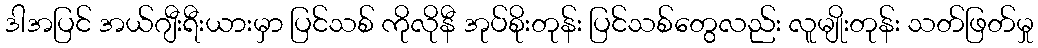
ဒါအပြင် အယ်ဂျီးရီးယားမှာ ပြင်သစ် ကိုလိုနီ အုပ်စိုးတုန်း ပြင်သစ်တွေလည်း လူမျိုးတုန်း သတ်ဖြတ်မှု